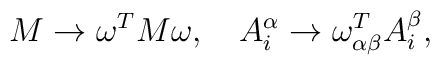
M \rightarrow \omega^{T} M \omega, \quad A_i ^{\alpha} \rightarrow \omega^{T}_{\alpha \beta}A_i ^{\beta} ,